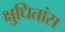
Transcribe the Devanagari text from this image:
क्षुधितांस